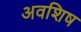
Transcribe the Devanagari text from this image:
अवशिष